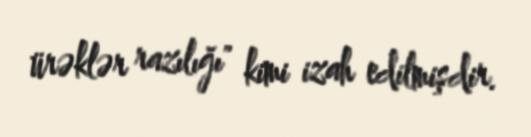
ürəklər razılığı" kimi izah edilmişdir.